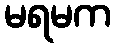
မရမက